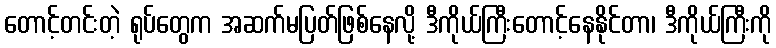
တောင့်တင်းတဲ့ ရုပ်တွေက အဆက်မပြတ်ဖြစ်နေလို့ ဒီကိုယ်ကြီးတောင့်နေနိုင်တာ၊ ဒီကိုယ်ကြီးကို